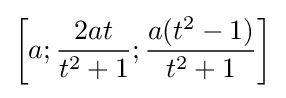
\left[a;{\frac {2at}{t^{2}+1}};{\frac {a(t^{2}-1)}{t^{2}+1}}\right]